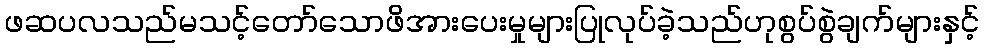
ဖဆပလသည်မသင့်တော်သောဖိအားပေးမှုများပြုလုပ်ခဲ့သည်ဟုစွပ်စွဲချက်များနှင့်